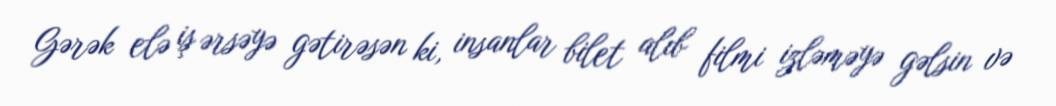
Gərək elə iş ərsəyə gətirəsən ki, insanlar bilet alıb filmi izləməyə gəlsin və